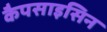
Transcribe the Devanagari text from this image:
कैपसाइसिन